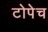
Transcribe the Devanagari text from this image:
टोपेच